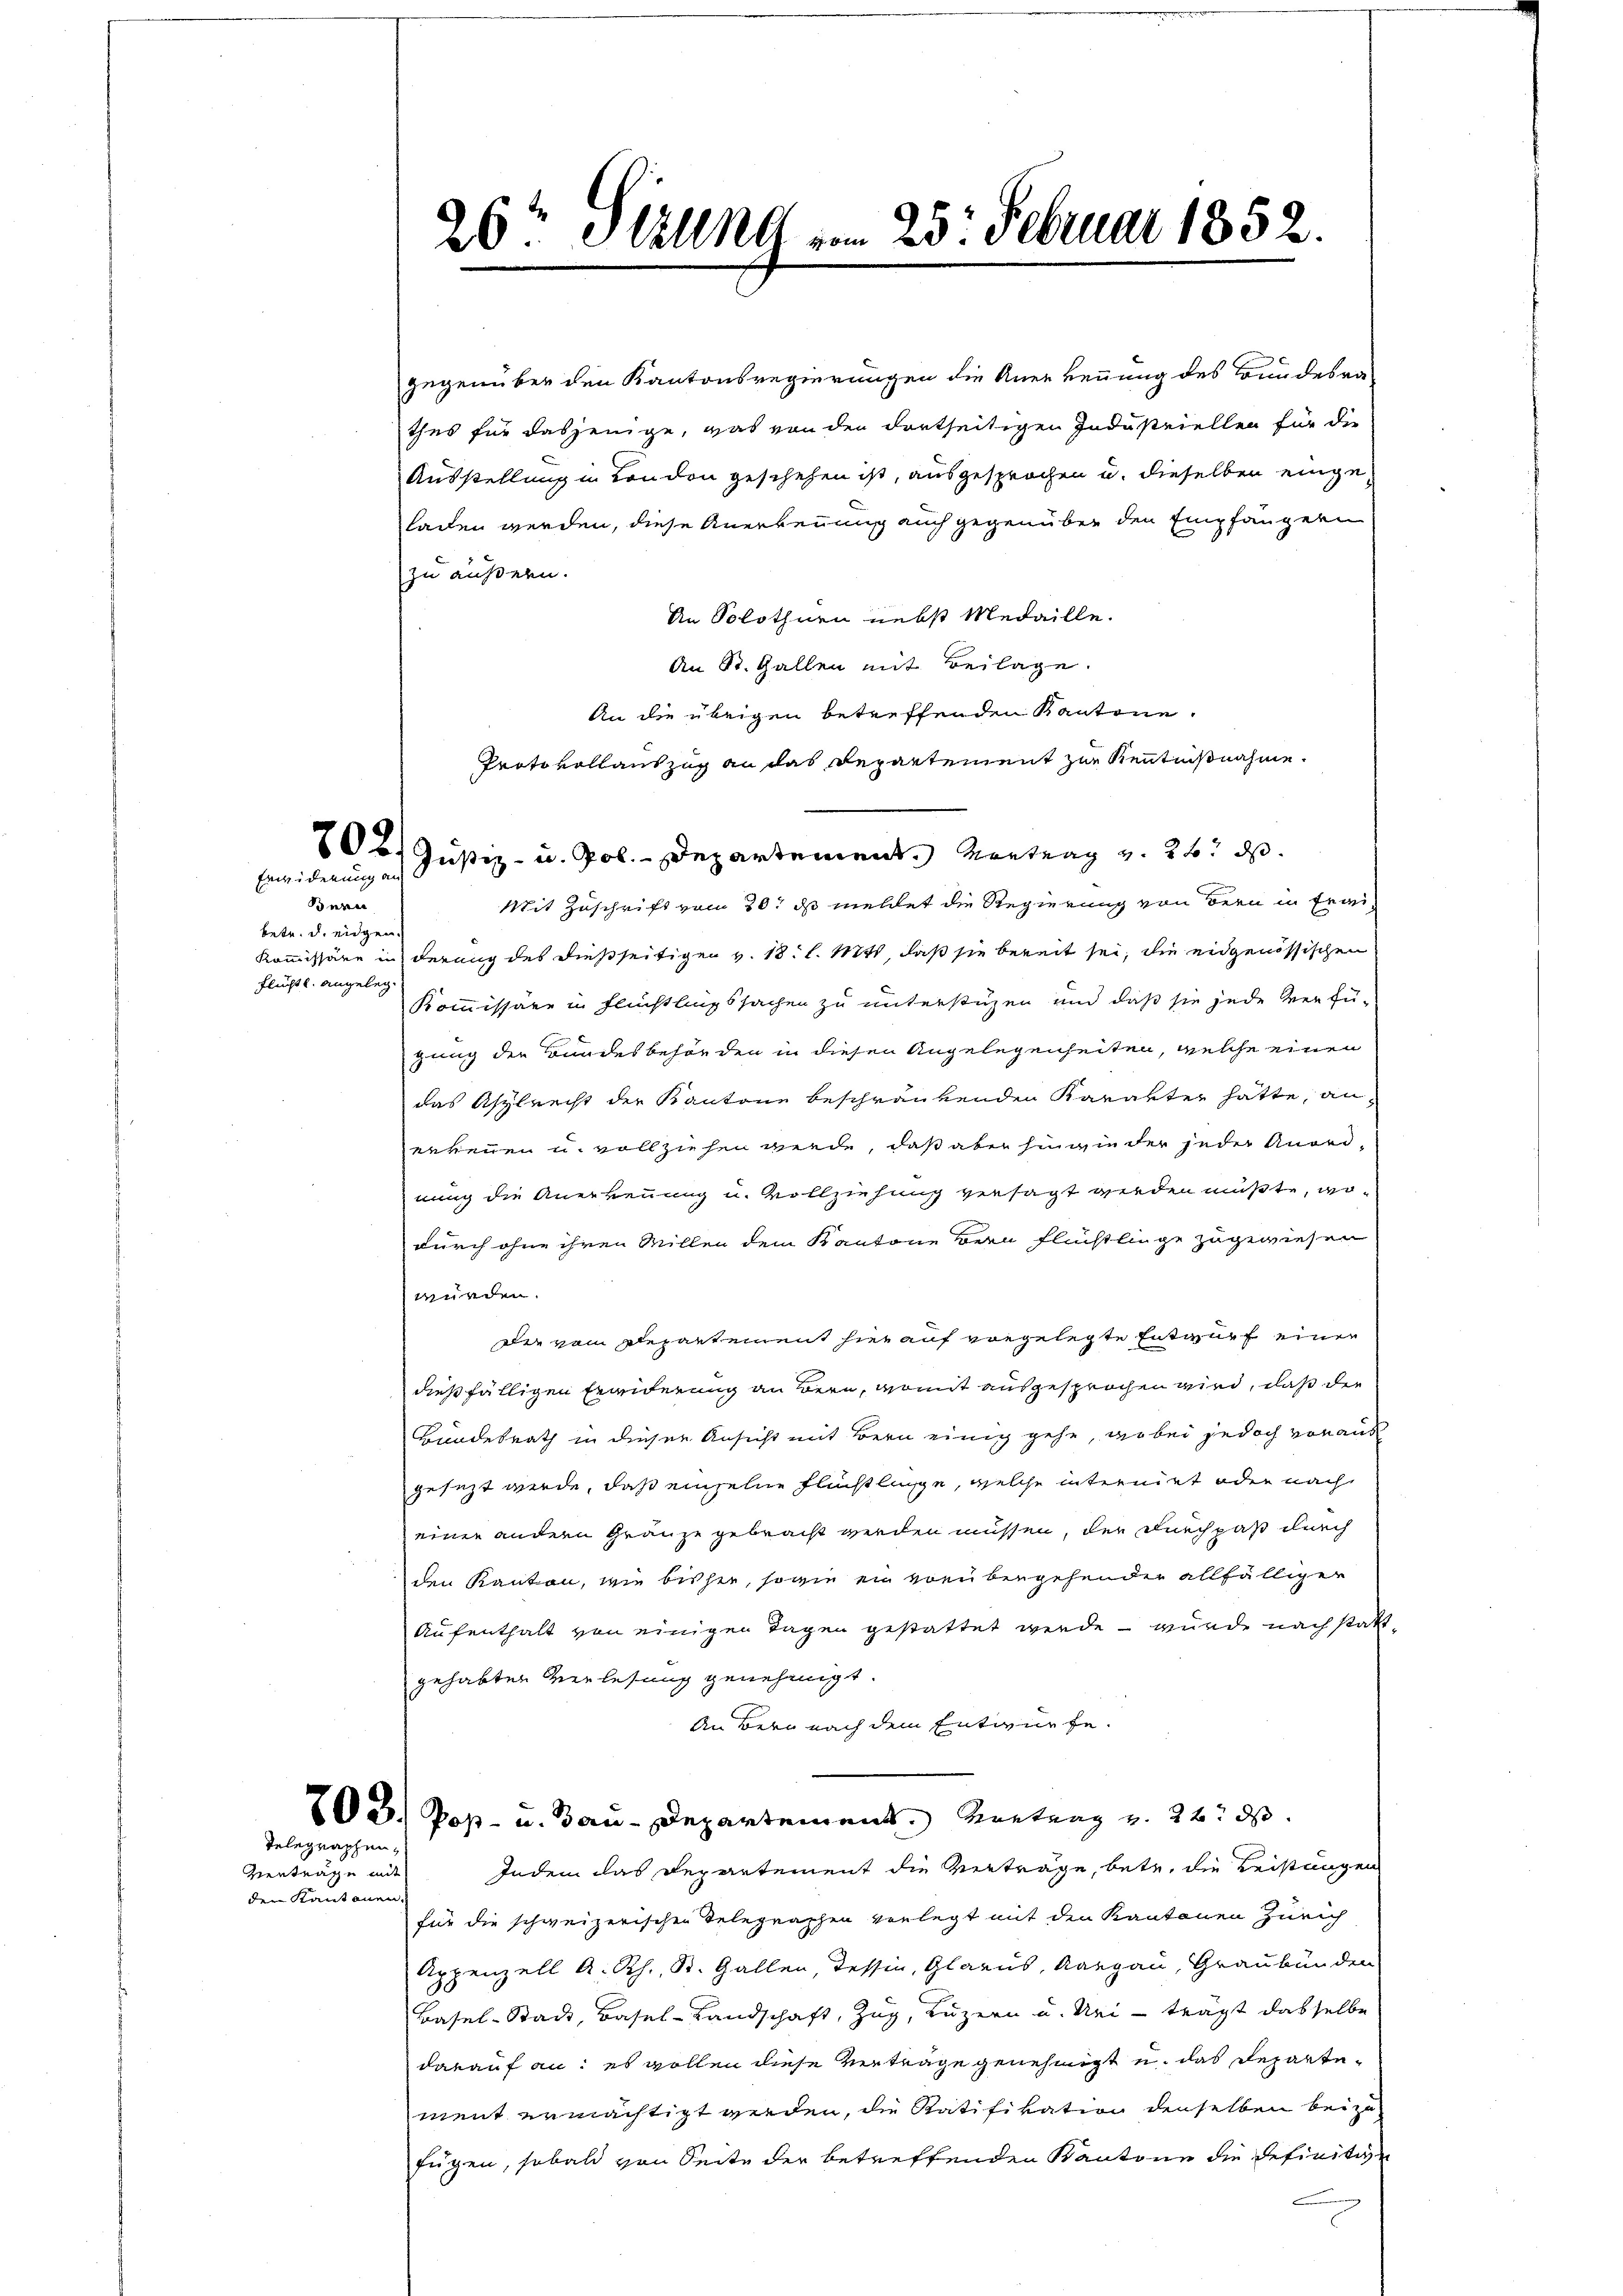
Erwiderung an

Bern
betr. d. eidgen.
Flüchtl. angeleg

gegenüber den Kantonsregierungen die Anerkennung des Bundesra-
thes für dasjenige, was von den dortseitigen Industriellen für die
Ausstellung in London geschehen ist, ausgesprochen u. dieselben eingeladen werden, diese Anerkennung auch gegenüber den Empfängern
zu außern.
An Solothurn nebst Medaille.
An St. Gallen mit Beilage.
An die übrigen betreffenden Kantone
Protokollauszug an das Departement zur Kenntnißnahme
202. Justiz- u. Pol. - Departement. Mantung u. 26. d.
Mit Zuschrift vom 20. ds meldet die Regierung von Bern in Frau¬
Kommissäre in derung des dießseitigen v. 18. l. Mts, daß sie bereit sei, die eidgenössischen
Kommissäre in Flüchtlingssachen zu unterstüzen und daß sie jede Verfü-
gung der Bundesbehörden in diesen Angelegenheiten, welche einen
das Asylrecht der Kantone beschränkenden Karakter hätte, anerkennen u. vollziehen werde, daß aber hinwie der jeder Anordnung die Anerkennung u. Vollziehung versagt werden müßte, wodurch ohne ihren Millen dem Kantone Bern Flüchtlinge zugewiesen
würden.
Der vom Departement hier auf vorgelegte Entwurf einer
dießfälligen Erwiderung an Bern, womit ausgesprochen wird, daß der
Bundesrath in dieser Ansicht mit Bern einig gehe, wobei jedoch voraus
gesezt werde, daß einzelne Flüchtlage, welche internirt oder nach
einer andern Gränze gebracht werden müssen, der Durchpaß durch
den Kanton, wie bisher, sowie ein vorübergehender allfälliger
Aufenthalt von einigen Tagen gestattet werde – wurde nach statt-
gehabten Verlesung genehmigt.
An Bern nach dem Entwurfe.
03.) Post- u. Bau-Departement. Kretung u. 22. ds.
Indem das Departement die Verträge, betr. die Leistungen
für die schweizerischen Telegraphen vorlegt mit den Kantonen Zürich
Appenzell A.Rh., St. Gallen, Tessin, Glarus, Aargau, Graubünden
Basel-Stadt, Basel-Landschaft, Zug, Luzern u. Uri - trägt dasselbe
darauf an: es wollen diese Verträge genehmigt u. das Departement ermächtigt werden, die Ratifikation denselben beizufügen, sobald von Seite der betreffenden Kantone die definitive

Telegraphen,

Verträge mit
den Kantonen.

26t Jerung ... 25. Februar 1852.